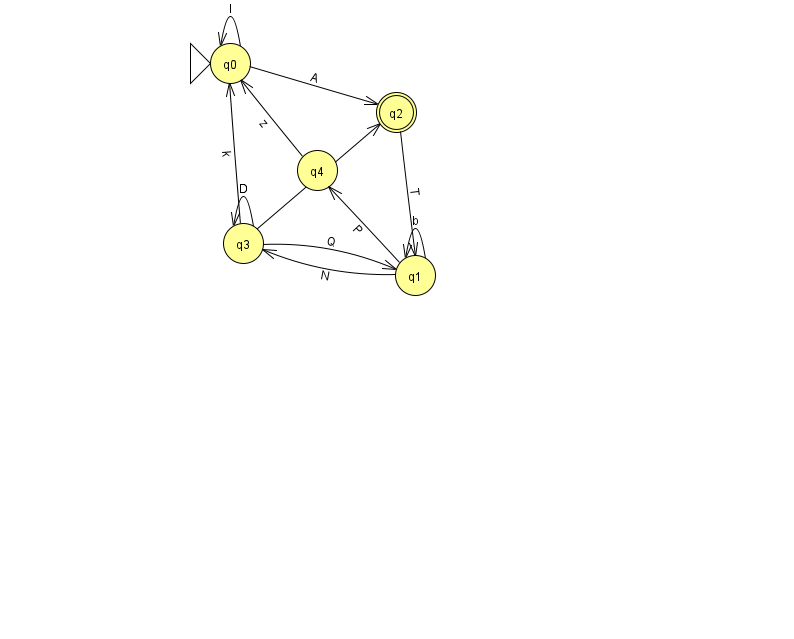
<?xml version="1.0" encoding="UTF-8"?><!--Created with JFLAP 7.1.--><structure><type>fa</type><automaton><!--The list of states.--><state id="0" name="q0"><x>230.0</x><y>50.0</y><initial/></state><state id="1" name="q1"><x>415.0</x><y>262.0</y></state><state id="2" name="q2"><x>396.0</x><y>99.0</y><final/></state><state id="3" name="q3"><x>243.0</x><y>230.0</y></state><state id="4" name="q4"><x>317.0</x><y>157.0</y></state><!--The list of transitions.--><transition><from>3</from><to>1</to><read>Q</read></transition><transition><from>1</from><to>1</to><read>b</read></transition><transition><from>1</from><to>4</to><read>P</read></transition><transition><from>3</from><to>2</to><read>z</read></transition><transition><from>3</from><to>3</to><read>D</read></transition><transition><from>0</from><to>2</to><read>A</read></transition><transition><from>4</from><to>0</to><read>z</read></transition><transition><from>3</from><to>0</to><read>k</read></transition><transition><from>0</from><to>0</to><read>l</read></transition><transition><from>2</from><to>1</to><read>T</read></transition><transition><from>1</from><to>3</to><read>N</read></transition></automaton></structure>